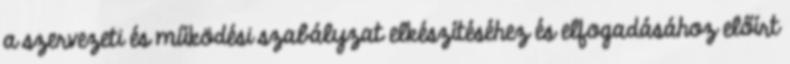
a szervezeti és működési szabályzat elkészítéséhez és elfogadásához előírt